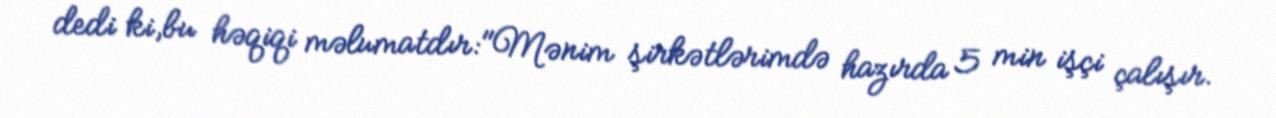
dedi ki,bu həqiqi məlumatdır:"Mənim şirkətlərimdə hazırda 5 min işçi çalışır.